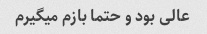
عالی بود و حتما بازم میگیرم